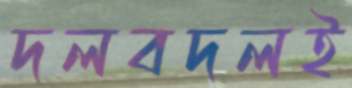
দলবদলই